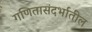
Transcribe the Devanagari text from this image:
गणितासंदर्भातील